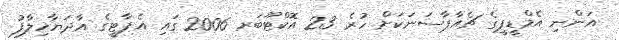
އަންނި އެމްޑީޕީގެ ޗެއާޕާސަނަކަށް ހުރެ 23 އޮކްޓޫބަރ 2006 ގައި އެޕާޓީގެ އާދަޔާޚިލާފު